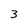
Character: 3